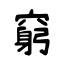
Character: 窮